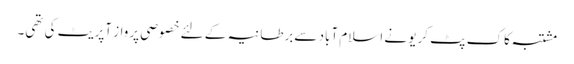
مشتبہ کاک پٹ کریو نے اسلام آباد سےبرطانیہ کے لئے خصوصی پرواز آپریٹ کی تھی۔